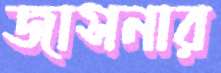
জাসনার